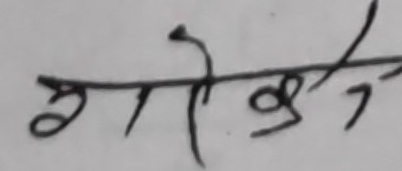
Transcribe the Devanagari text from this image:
गोकुल